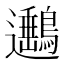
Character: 𨙡